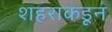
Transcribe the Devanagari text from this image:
शहराकडून